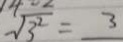
\sqrt { 3 ^ { 2 } } = 3